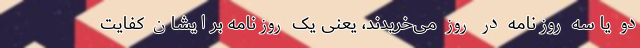
دو یا سه روزنامه در روز می‌خریدند، یعنی یک روزنامه برایشان کفایت